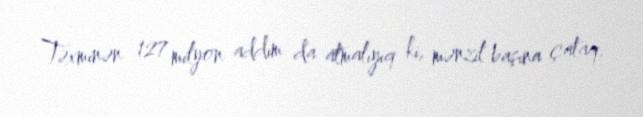
Təxminən 127 milyon addım da atmalıyıq ki, mənzil başına çataq.